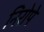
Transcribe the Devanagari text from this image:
निरोपे